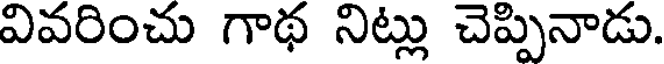
వివరించు గాథ నిట్లు చెప్పినాడు.